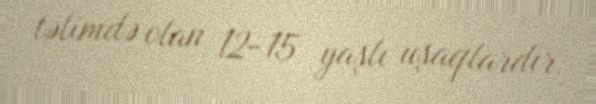
təlimdə olan 12-15 yaşlı uşaqlardır.